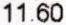
11.60